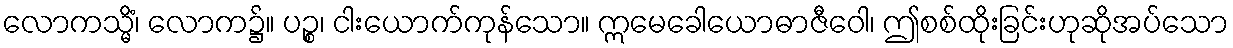
လောကသ္မိံ၊ လောက၌။ ပဉ္စ၊ ငါးယောက်ကုန်သော။ ဣမေခေါယောဓာဇီဝေါ၊ ဤစစ်ထိုးခြင်းဟုဆိုအပ်သော